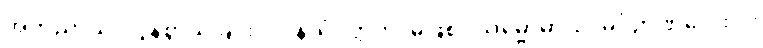
အဘိညာယ၊ လွန်စွာသိခြင်းငှာ။ နသံဝတ္တတိ၊ မဖြစ်။ သမ္ဗောဓာယ၊ မဂ်ဉာဏ်လေးပါး